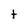
Character: t